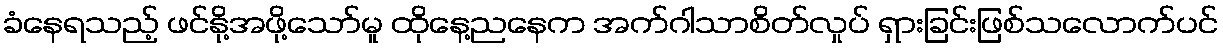
ခံနေရသည့် ဖင်နို့အဖို့သော်မူ ထိုနေ့ညနေက အက်ဂါသာစိတ်လှုပ် ရှားခြင်းဖြစ်သလောက်ပင်